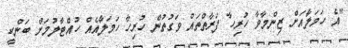
"އެ ހަމަލާއަށް ޒިންމާވާ ހުރިހާ ފަރާތްތައް ވަގުތުން ހުރިހާ ހަމަލާއެއް ހުއްޓާލުމަށް ބަންކީ